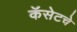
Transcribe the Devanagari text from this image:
कॅसेटचे